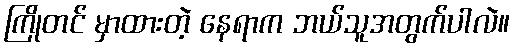
ကြိုတင် မှာထားတဲ့ နေရာက ဘယ်သူအတွက်ပါလဲ။